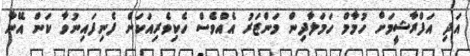
އަދި އަފްރާޝީމަށް ހުމާމް ހަމަލާދިން މަންޒަރު އެއްވެސް ހެކިވެރިއަކަށް ފެނިފައިނުވާ ކަން އޭނާ